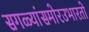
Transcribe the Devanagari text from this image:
सगळ्यांसमोरउभारतो